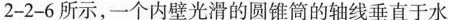
2-2-6所示，一个内壁光滑的圆锥筒的轴线垂直于水